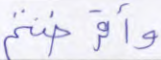
وأقرضتم